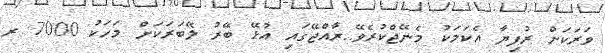
ވަރަކަށް ރުފިޔާ އެކަމަކު މެނޭޖްކުރެވޭ..ރާއްޖޭގައި އުޅޭ ބޭރު ލޭބަރަކަށް މަހަކު 7000 ރ